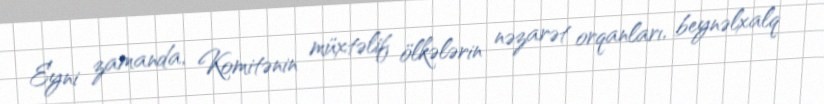
Eyni zamanda, Komitənin müxtəlif ölkələrin nəzarət orqanları, beynəlxalq